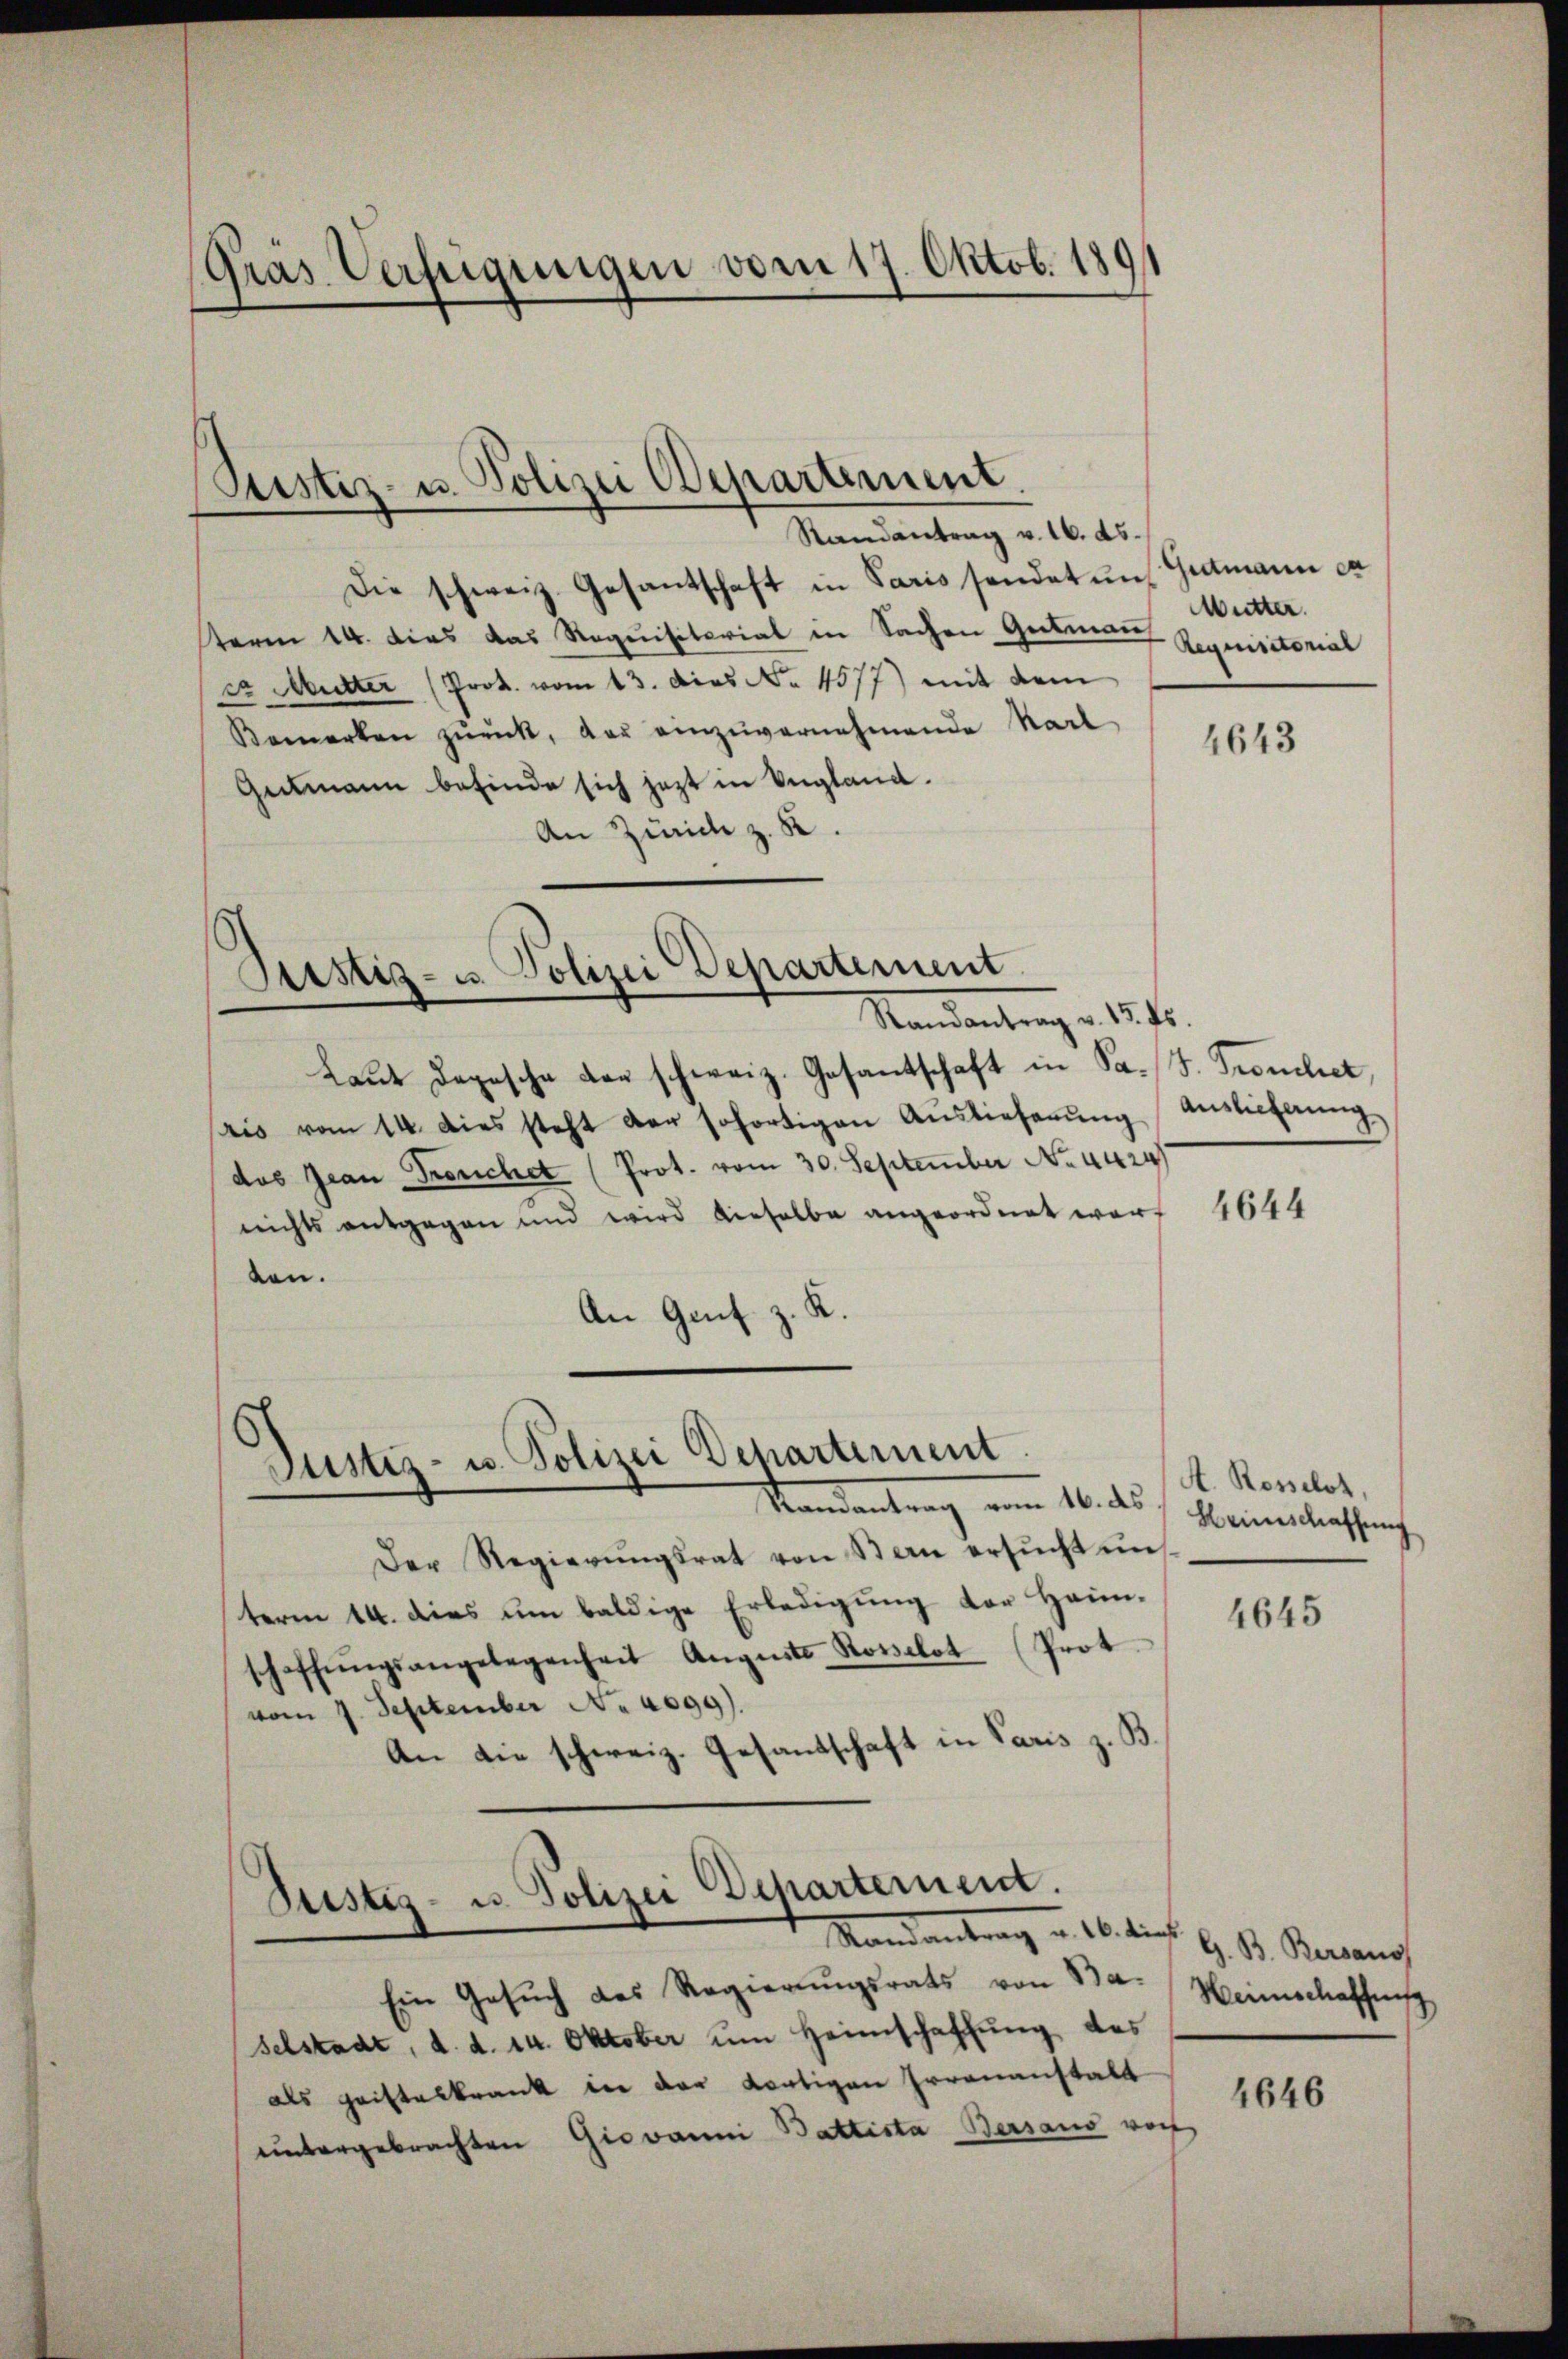
Präs. Verfügungen vom 17. Oktob. 1891

Justiz- u. Polizei Departement.
Randantrag v. 16. ds.

Die schweiz. Gesantschaft in Paris sendet unterm 14. dies das Requisitorial in Sachen Gutmann
cr Mutter (Prok. vom 13. dies No. 4577) mit dem
Bemerken zŭrück, der einzuvernehmende Karl
Gutmann befinde sich jezt in Vergland.
An Zürich z. R.

Justiz- u. Polizei Departement
Mandantrag u. 1816.

Laŭt Depesche von schweiz. Gesantschaft in Pa. J. Trouchet,
ais vom 14. dies steht der sofortigen Auslieferung
das Jean Freuchet (Prot. vom 30. September No. 4424
nichts entgegen und wird dieselbe angeordnet werf
ten.
.
An Genf

Justiz- u. Polizei Departement.
Mandantrag vom 16. ds.

Justiz- u. Polizei Departement.
Randantrag u. 16. dies G. B. Berans

Der Regierŭngsrat von Stern ersŭcht un
term 14. dies um baldige Erledigung der Heim-
schaffŭngsangelegenheit Augusts Rosselot (Prot
vom 7. September No. 4099).
An die schweiz. Gesandschaft in Paris z. B.

sedtmann ca
Mutter.
Requisitorial

Ein Gesuch des Regierungsrats von Ba-
selstadt, d. d. 14. Oktober um Heimschaffung des
als geisteskrank in der dortigene Irrenanstalt
untergebrachten Giovanni Battista Bersans vorh

4643

Auslieferung

4644

A. Rosselst,
Heimschaffung

4645

Heimschaffens

4646